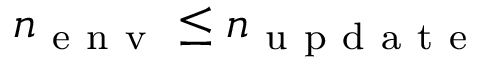
n _ { \mathrm { ~ e ~ n ~ v ~ } } \leq n _ { \mathrm { ~ u ~ p ~ d ~ a ~ t ~ e ~ } }